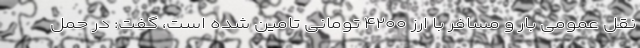
نقل عمومی بار و مسافر با ارز ۴۲۰۰ تومانی تامین شده است، گفت: در حمل